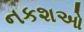
નકશઓ